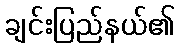
ချင်းပြည်နယ်၏